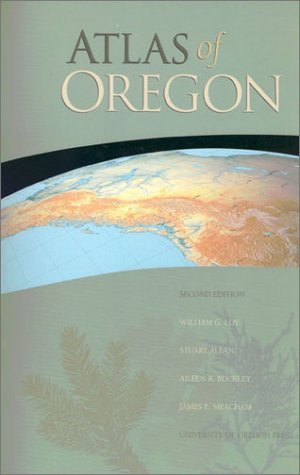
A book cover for Atlas of Oregon; William G. Loy; Travel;